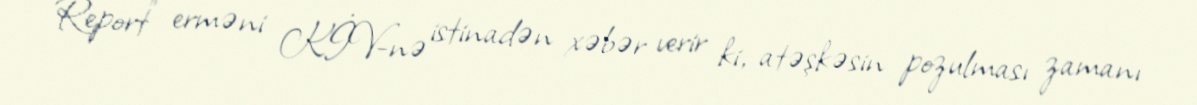
Report" erməni KİV-nə istinadən xəbər verir ki, atəşkəsin pozulması zamanı